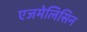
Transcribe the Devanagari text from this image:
एजमेलिसिन